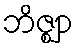
ဘိဇ္ဈာ